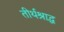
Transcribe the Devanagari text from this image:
तीर्थश्राद्ध